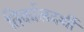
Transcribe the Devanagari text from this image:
तिर्कालदर्शी